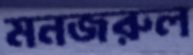
মনজরুল